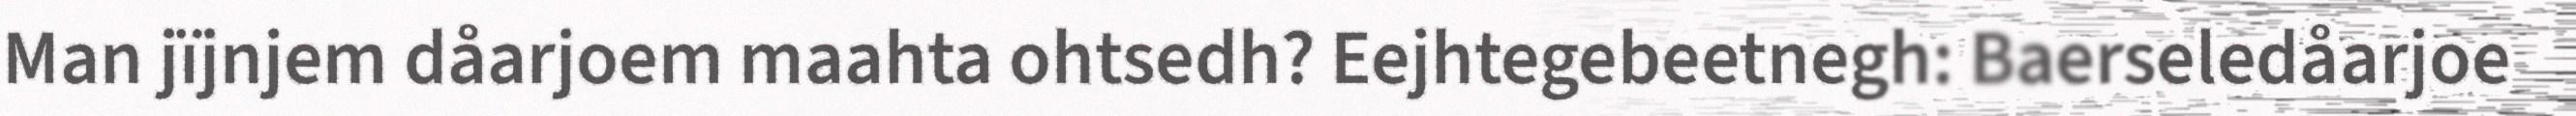
Man jïjnjem dåarjoem maahta ohtsedh? Eejhtegebeetnegh: Baerseledåarjoe